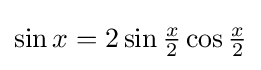
\sin x=2\sin {\tfrac {x}{2}}\cos {\tfrac {x}{2}}